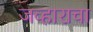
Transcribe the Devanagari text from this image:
जव्हाराचा